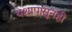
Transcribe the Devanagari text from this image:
यशापासूनही